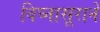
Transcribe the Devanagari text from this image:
विघ्नासूराने